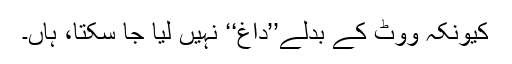
کیونکہ ووٹ کے بدلے’’داغ‘‘ نہیں لیا جا سکتا، ہاں۔